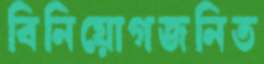
বিনিয়োগজনিত